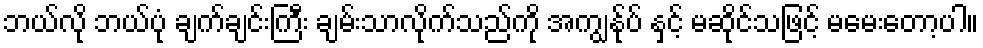
ဘယ်လို ဘယ်ပုံ ချက်ချင်းကြီး ချမ်းသာလိုက်သည်ကို အကျွန်ုပ် နှင့် မဆိုင်သဖြင့် မမေးတော့ပါ။